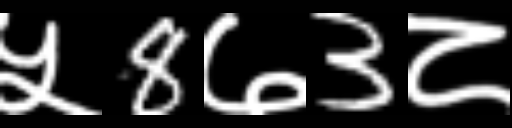
Text: ५8७3८